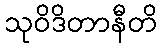
သုဝိဒိတာနီတိ